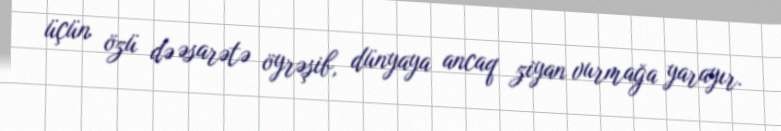
üçün özü də əsarətə öyrəşib, dünyaya ancaq ziyan vurmağa yarayır.